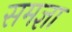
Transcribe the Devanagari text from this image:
समज्ञा